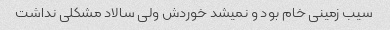
سیب زمینی خام بود و نمیشد خوردش ولی سالاد مشکلی نداشت